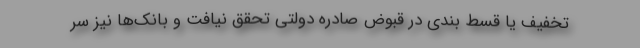
تخفیف یا قسط بندی در قبوض صادره دولتی تحقق نیافت و بانک‌ها نیز سر